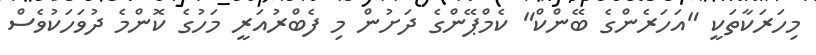
މިހަރަކާތަކީ "އަހަރެންގެ ބޭންކް" ކެމްޕޭންގެ ދަށުން މި ފެބްރުއަރީ މަހުގެ ކޮންމެ ދުވަހަކުވެސް